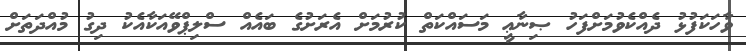
ވާހަކަފުޅު ދެއްކެވުމަށްފަހު ޞިނާޢީ މަސައްކަތް ކުރުމަށް އެރަށުގެ ބައެއް ސްލިޕްވޭއަކާއެކު ދިގު މުއްދަތަށް